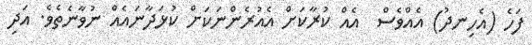
ފަހެ (އެހިނދު) އެއްވެސް  އެއް ކުރާކަށް އެއުރެންނަކަށް ކުޅަދާނައެއް ނުވާނެތެވެ. އަދި